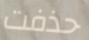
حذفت